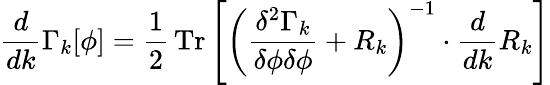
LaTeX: {\frac{d}{dk}}\Gamma_{k}[\phi]={\frac{1}{2}}\operatorname{Tr}\left[\left({\frac{\delta^{2}\Gamma_{k}}{\delta\phi\delta\phi}}+R_{k}\right)^{-1}\cdot{\frac{d}{dk}}R_{k}\right]